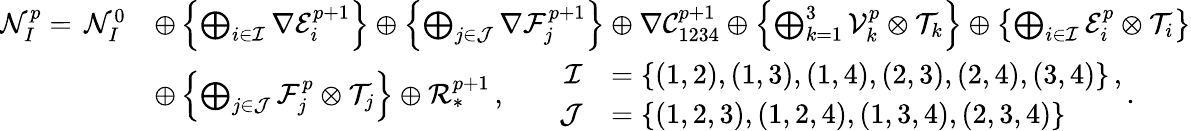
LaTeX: \begin{array}{rl}{\mathcal{N}_{I}^{p}=\, \mathcal{N}_{I}^{0}}&{\oplus\left\{ \bigoplus_{i\in\mathcal{I}}\nabla\mathcal{E}_{i}^{p+1}\right\} \oplus\left\{ \bigoplus_{j\in\mathcal{J}}\nabla\mathcal{F}_{j}^{p+1}\right\} \oplus\nabla\mathcal{C}_{1234}^{p+1}\oplus\left\{ \bigoplus_{k=1}^{3}\mathcal{V}_{k}^{p}\otimes\mathcal{T}_{k}\right\} \oplus\left\{ \bigoplus_{i\in\mathcal{I}}\mathcal{E}_{i}^{p}\otimes\mathcal{T}_{i}\right\} }\\ &{\oplus\left\{ \bigoplus_{j\in\mathcal{J}}\mathcal{F}_{j}^{p}\otimes\mathcal{T}_{j}\right\} \oplus\mathcal{R}_{*}^{p+1}\, ,\qquad\begin{array}{rl}{\mathcal{I}}&{=\{ (1,2),(1,3),(1,4),(2,3),(2,4),(3,4)\} \, ,}\\ {\mathcal{J}}&{=\{ (1,2,3),(1,2,4),(1,3,4),(2,3,4)\} }\end{array}\, .}\end{array}